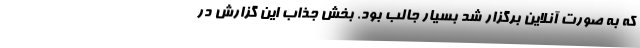
که به صورت آنلاین برگزار شد بسیار جالب بود. بخش جذاب این گزارش در